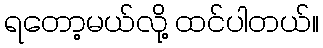
ရတော့မယ်လို့ ထင်ပါတယ်။